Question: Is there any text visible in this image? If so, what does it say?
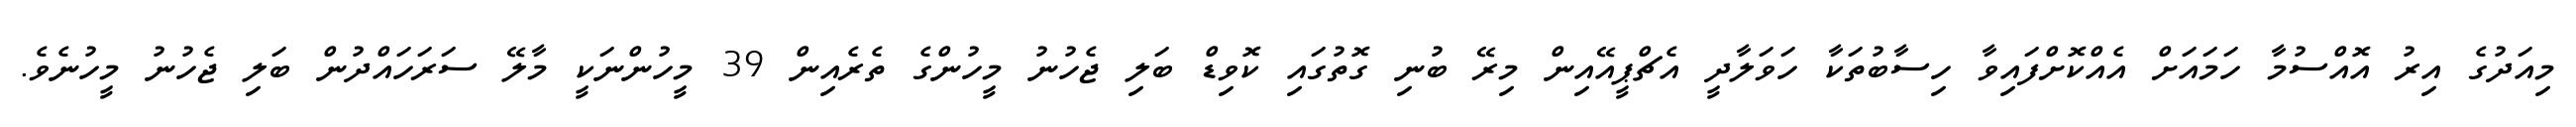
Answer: މިއަދުގެ އިރު އޮއްސުމާ ހަމައަށް އެއްކޮށްފައިވާ ހިސާބުތަކާ ހަވަލާދީ އެޗްޕީއޭއިން މިރޭ ބުނި ގޮތުގައި ކޮވިޑް ބަލި ޖެހުނު މީހުންގެ ތެރެއިން 39 މީހުންނަކީ މާލޭ ސަރަހައްދުން ބަލި ޖެހުނު މީހުނެވެ.